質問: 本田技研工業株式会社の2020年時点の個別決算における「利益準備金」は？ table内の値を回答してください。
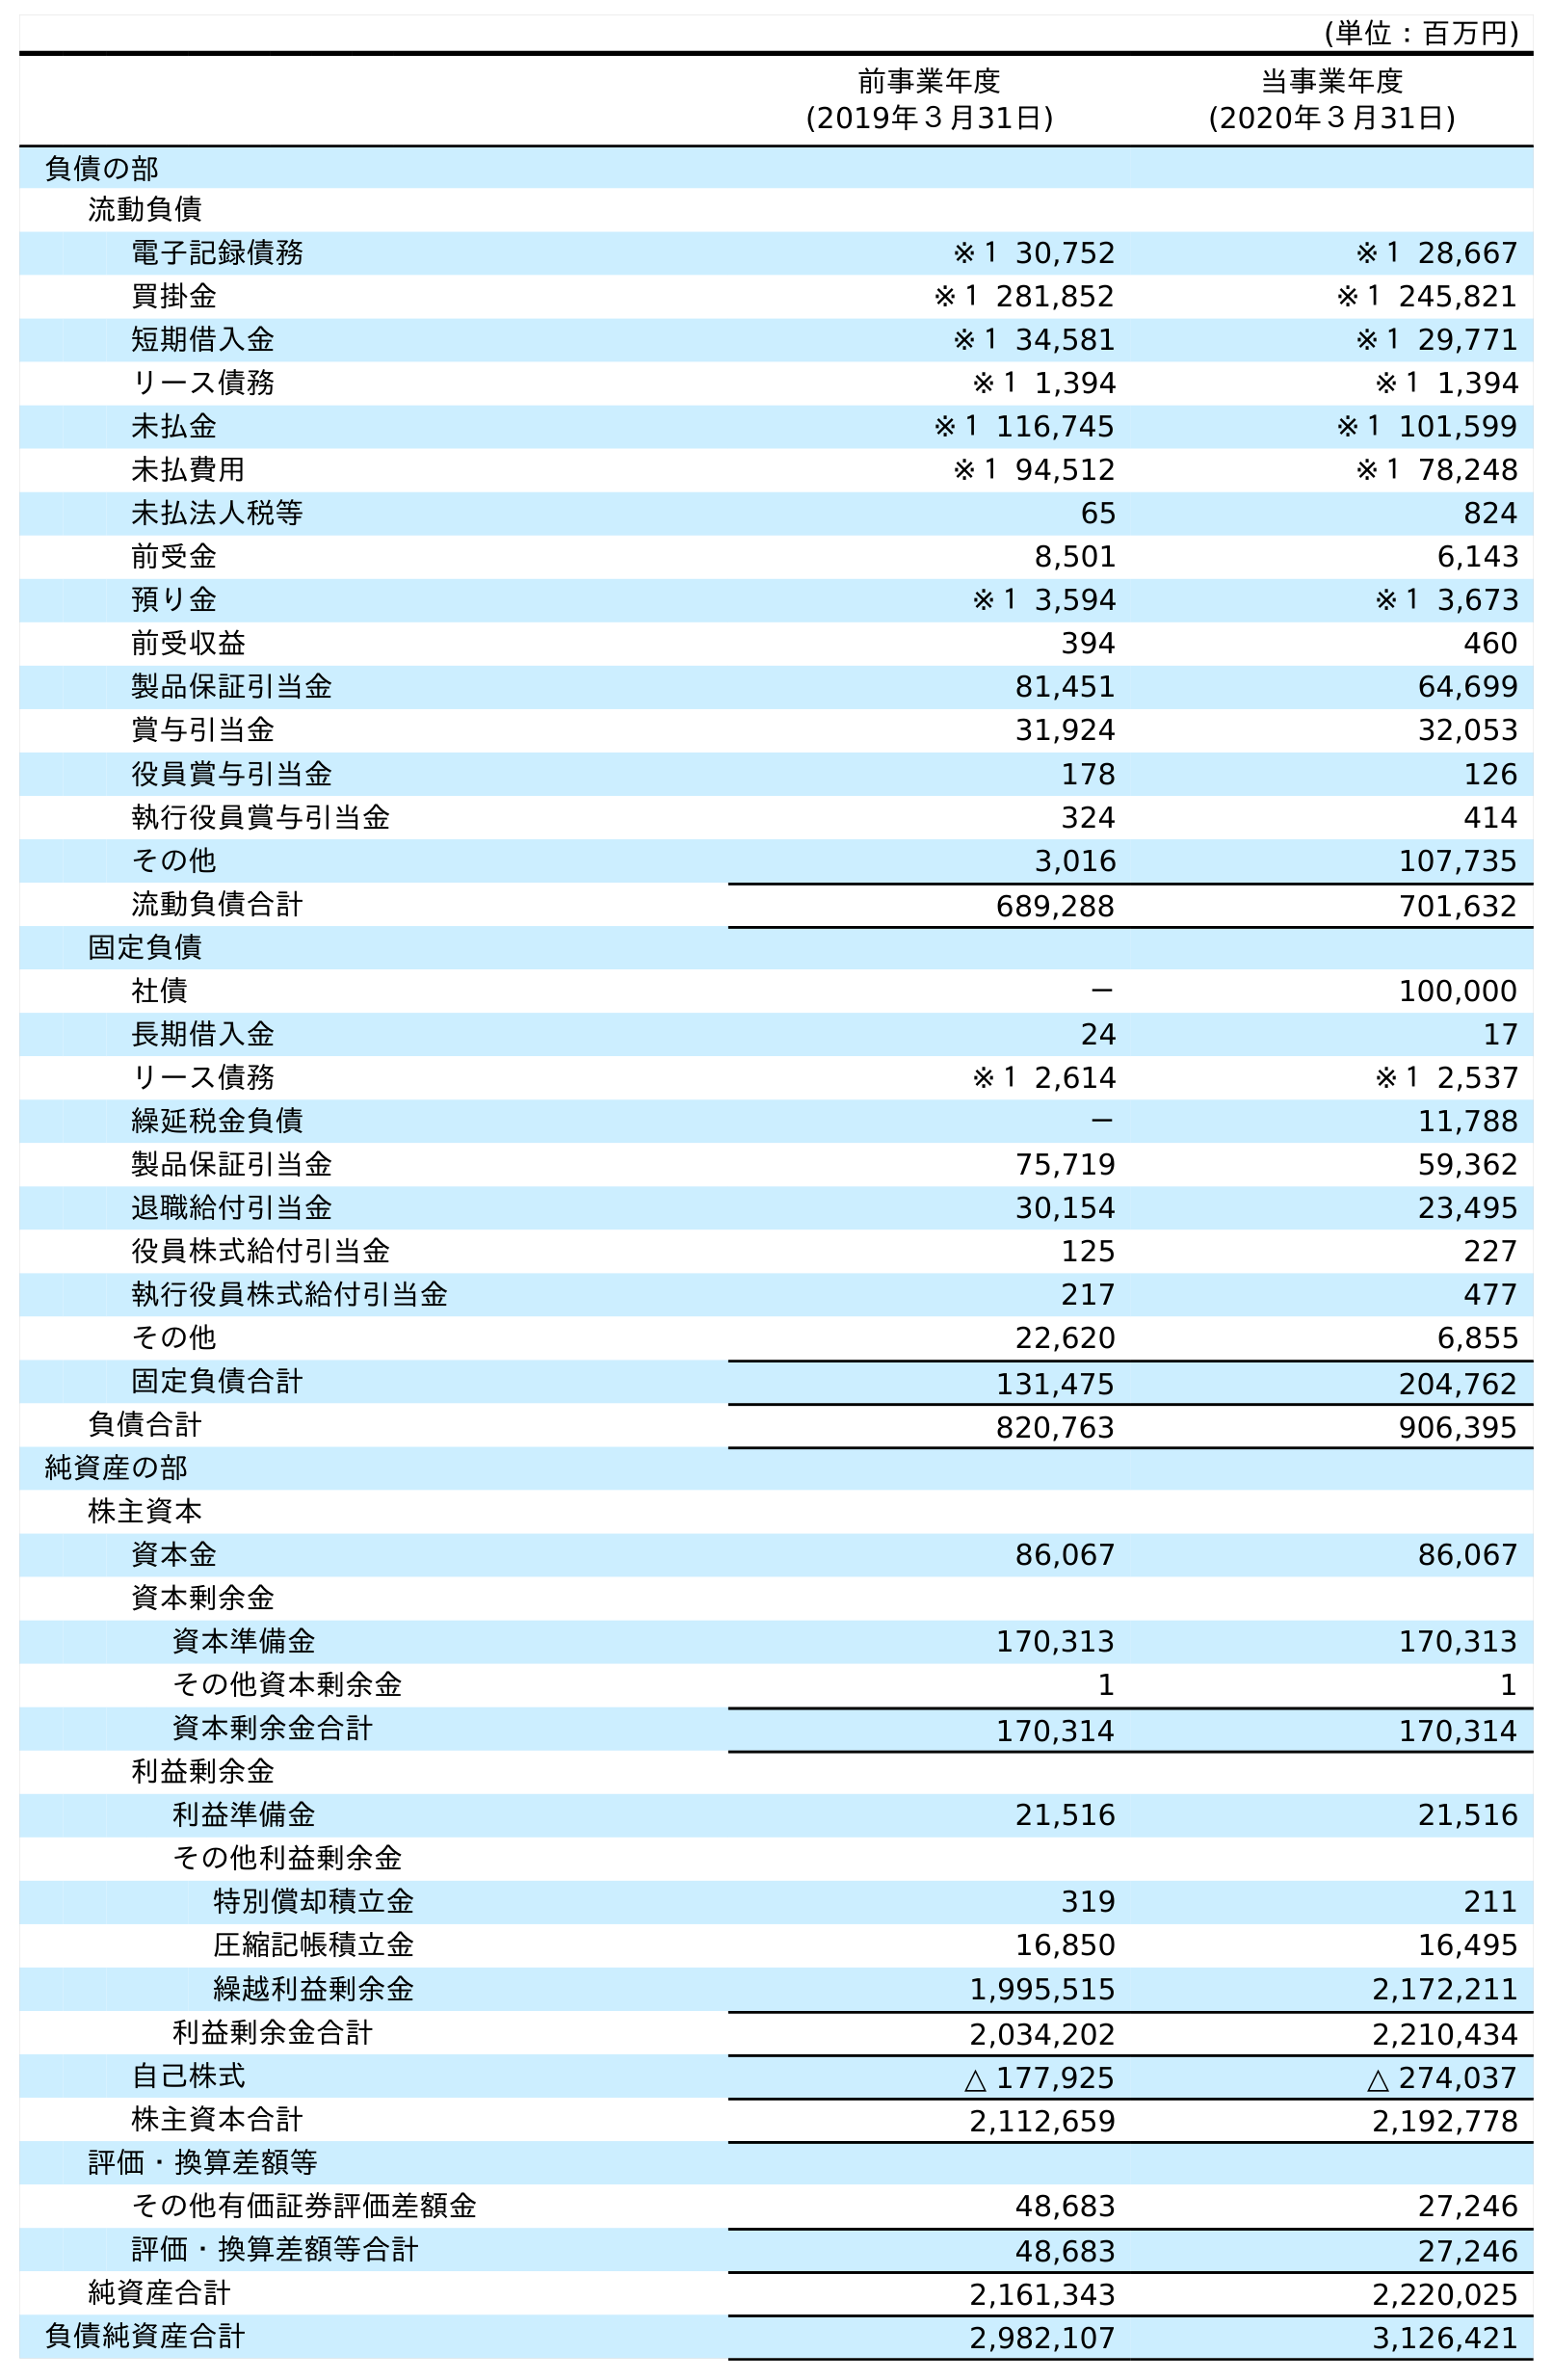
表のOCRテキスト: (単位：百万円) 前事業年度 (2019年３月31日) 当事業年度 (2020年３月31日) 負債の部 流動負債 電子記録債務 ※１ 30,752 ※１ 28,667 買掛金 ※１ 281,852 ※１ 245,821 短期借入金 ※１ 34,581 ※１ 29,771 リース債務 ※１ 1,394 ※１ 1,394 未払金 ※１ 116,745 ※１ 101,599 未払費用 ※１ 94,512 ※１ 78,248 未払法人税等 65 824 前受金 8,501 6,143 預り金 ※１ 3,594 ※１ 3,673 前受収益 394 460 製品保証引当金 81,451 64,699 賞与引当金 31,924 32,053 役員賞与引当金 178 126 執行役員賞与引当金 324 414 その他 3,016 107,735 流動負債合計 689,288 701,632 固定負債 社債 － 100,000 長期借入金 24 17 リース債務 ※１ 2,614 ※１ 2,537 繰延税金負債 － 11,788 製品保証引当金 75,719 59,362 退職給付引当金 30,154 23,495 役員株式給付引当金 125 227 執行役員株式給付引当金 217 477 その他 22,620 6,855 固定負債合計 131,475 204,762 負債合計 820,763 906,395 純資産の部 株主資本 資本金 86,067 86,067 資本剰余金 資本準備金 170,313 170,313 その他資本剰余金 1 1 資本剰余金合計 170,314 170,314 利益剰余金 利益準備金 21,516 21,516 その他利益剰余金 特別償却積立金 319 211 圧縮記帳積立金 16,850 16,495 繰越利益剰余金 1,995,515 2,172,211 利益剰余金合計 2,034,202 2,210,434 自己株式 △ 177,925 △ 274,037 株主資本合計 2,112,659 2,192,778 評価・換算差額等 その他有価証券評価差額金 48,683 27,246 評価・換算差額等合計 48,683 27,246 純資産合計 2,161,343 2,220,025 負債純資産合計 2,982,107 3,126,421
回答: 21,516